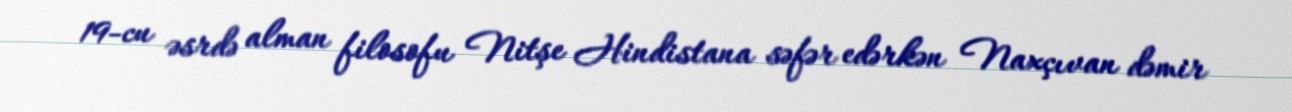
19-cu əsrdə alman filosofu Nitşe Hindistana səfər edərkən Naxçıvan dəmir